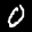
Label: 0